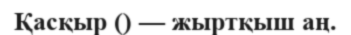
Қасқыр () — жыртқыш аң.